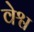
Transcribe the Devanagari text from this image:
वेश्व